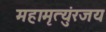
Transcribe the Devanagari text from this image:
महामृत्युंरजय